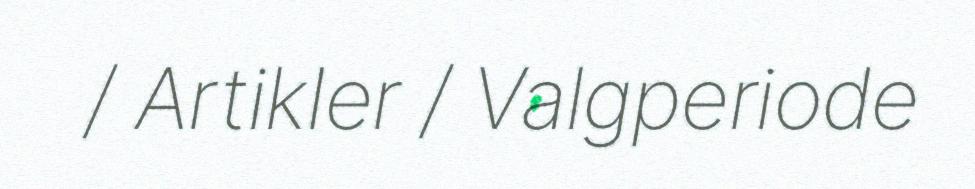
/ Artikler / Valgperiode